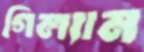
গিল্যান